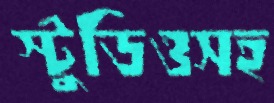
স্টুডিওসহ